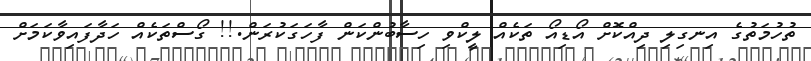
ތުހުމަތުގެ އިނގިލި ދިއްކޮށް އޯޑިއޯ ތަކެއް ލީކްވި ހިސާބުންކަން ފާހަގަކުރަން.!! ގޯސްތަކެއް ހަދާފައިވާކަމަށް